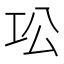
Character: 𫶫